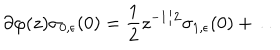
LaTeX: \partial \varphi ( z ) \sigma _ { 0 , \epsilon } ( 0 ) = \frac { 1 } { 2 } z ^ { - 1 / 2 } \sigma _ { 1 , \epsilon } ( 0 ) + \ldots